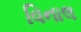
વિનાલ